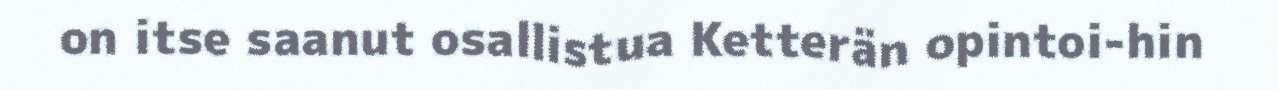
on itse saanut osallistua Ketterän opintoi-hin